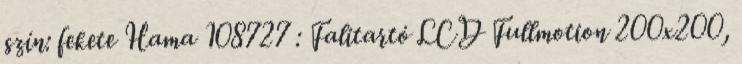
szín: fekete Hama 108727 : Falitartó LCD Fullmotion 200x200,